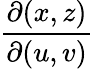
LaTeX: \frac{\partial(x,z)}{\partial(u,v)}